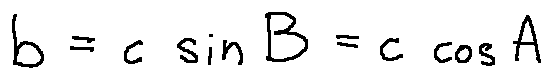
b = c \sin B = c \cos A